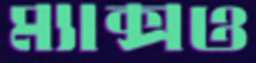
ম্যাক্সও